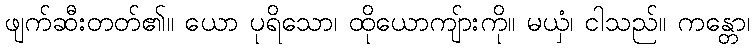
ဖျက်ဆီးတတ်၏။ ယော ပုရိသော၊ ထိုယောကျ်ားကို။ မယှံ၊ ငါသည်။ ကန္တော၊